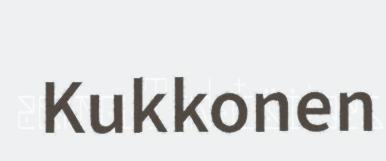
Kukkonen